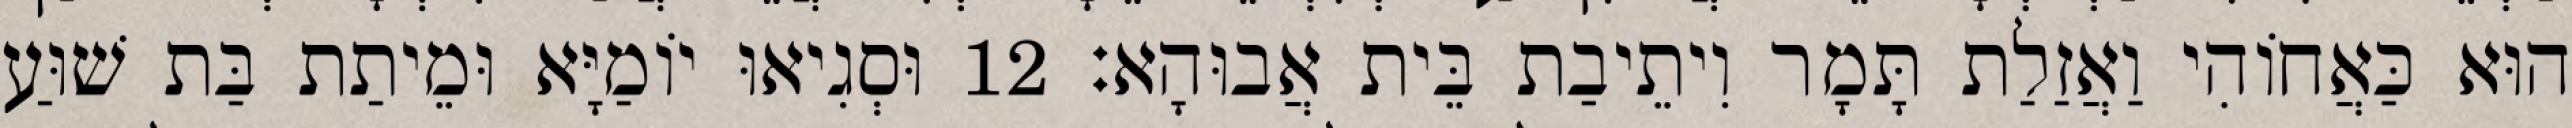
הוּא כַּאֲחוֹהִי וַאֲזַלַת תָּמָר וִיתֵיבַת בֵּית אֲבוּהָא׃ 12 וּסְגִיאוּ יוֹמַיָּא וּמֵיתַת בַּת שׁוּעַ